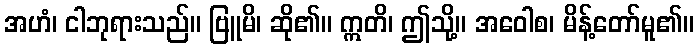
အဟံ၊ ငါဘုရားသည်။ ဗြူမိ၊ ဆို၏။ ဣတိ၊ ဤသို့။ အဝေါစ၊ မိန့်တော်မူ၏။